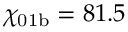
\chi _ { \mathrm { 0 1 b } } = 8 1 . 5 \, \